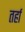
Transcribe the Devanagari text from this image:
तर्हा